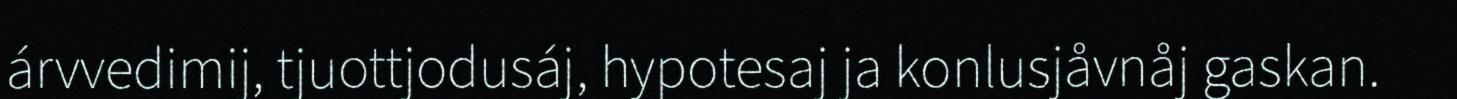
árvvedimij, tjuottjodusáj, hypotesaj ja konlusjåvnåj gaskan.